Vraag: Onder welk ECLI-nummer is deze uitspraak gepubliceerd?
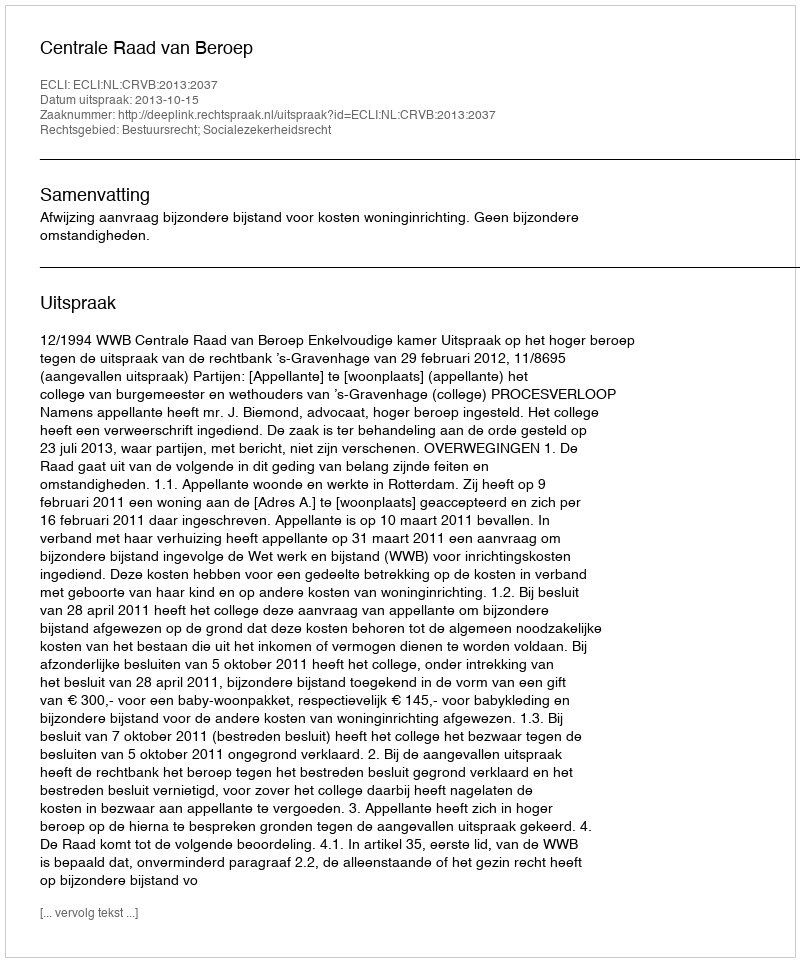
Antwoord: ECLI:NL:CRVB:2013:2037